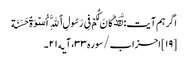
اگر ہم آیت: لَّقَدۡ کَانَ لَکُمۡ فِی رَسُولِ ٱللَّهِ أُسۡوَةٌ حَسَنَة
[۱۹] احزاب/سوره۳۳، آیه۲۱۔